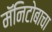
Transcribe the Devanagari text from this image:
मॅनिटोबाचा